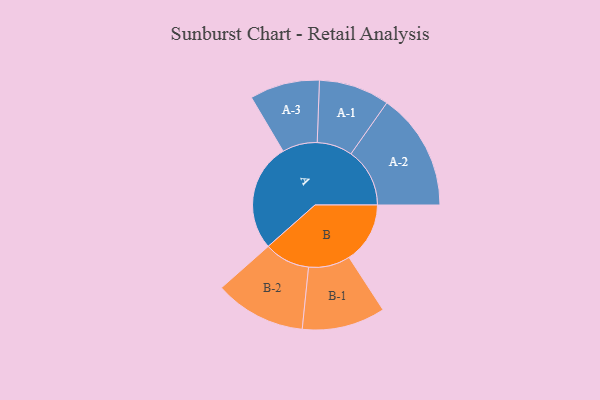
{"axis": {"x": "Segment", "y": "Value"}, "legend": ["", "A", "B"], "data": [{"x": "A", "y": 485, "type": ""}, {"x": "B", "y": 274, "type": ""}, {"x": "A-1", "y": 159, "type": "A"}, {"x": "A-2", "y": 264, "type": "A"}, {"x": "A-3", "y": 157, "type": "A"}, {"x": "B-1", "y": 187, "type": "B"}, {"x": "B-2", "y": 205, "type": "B"}]}